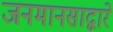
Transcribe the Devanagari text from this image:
जनमानसाद्वारे